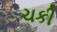
ચકી